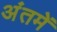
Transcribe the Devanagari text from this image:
अंतमें